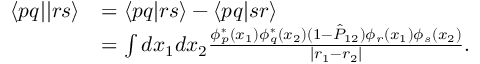
\begin{array} { r l } { \langle p q | | r s \rangle } & { = \langle p q | r s \rangle - \langle p q | s r \rangle } \\ & { = \int d x _ { 1 } d x _ { 2 } \frac { \phi _ { p } ^ { * } ( x _ { 1 } ) \phi _ { q } ^ { * } ( x _ { 2 } ) ( 1 - \hat { P } _ { 1 2 } ) \phi _ { r } ( x _ { 1 } ) \phi _ { s } ( x _ { 2 } ) } { | r _ { 1 } - r _ { 2 } | } . } \end{array}